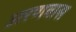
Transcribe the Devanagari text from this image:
अरणवास